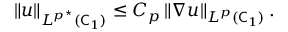
\begin{array} { r } { \left\lVert u \right\rVert _ { L ^ { p ^ { \star } } ( \mathsf C _ { 1 } ) } \le C _ { p } \left\lVert \nabla u \right\rVert _ { L ^ { p } ( \mathsf C _ { 1 } ) } . } \end{array}